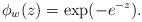
LaTeX: \begin{align*}\phi_w(z) = {\rm exp}(-e^{-z}).\end{align*}